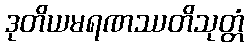
ဒုတိယမရဏဿတိသုတ္တံ